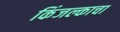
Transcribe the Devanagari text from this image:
किंजल्काचा